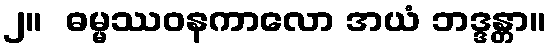
၂။  ဓမ္မဿဝနကာလော အယံ ဘဒ္ဒန္တာ။